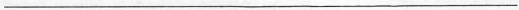
___